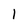
Character: 1